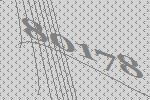
80178